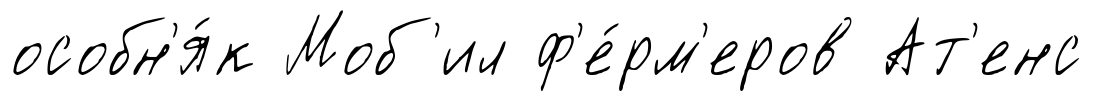
особн'я́к Моб'ил ф'е́рм'еров Ат'енс